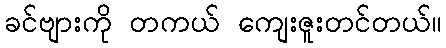
ခင်ဗျားကို တကယ် ကျေးဇူးတင်တယ်။